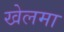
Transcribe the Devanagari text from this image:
खेलमा